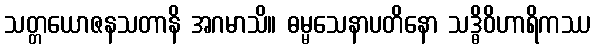
သတ္တယောဇနသတာနိ အဂမာသိ။ ဓမ္မသေနာပတိနော သဒ္ဓိဝိဟာရိကဿ